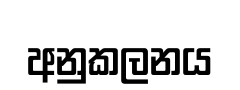
අනුකලනය